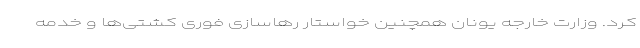
کرد. وزارت خارجه یونان همچنین خواستار رهاسازی فوری کشتی‌ها و خدمه